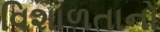
વિશાળતાનો